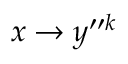
x \rightarrow y ^ { \prime \prime k }